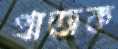
প্রাজক